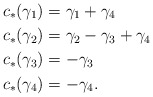
\begin{align*}c_*(\gamma_1) & = \gamma_1+\gamma_4\\c_*(\gamma_2) & = \gamma_2 - \gamma_3 + \gamma_4\\c_*(\gamma_3) & = -\gamma_3\\c_*(\gamma_4) & = -\gamma_4.\end{align*}